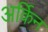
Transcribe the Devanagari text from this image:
अर्किन